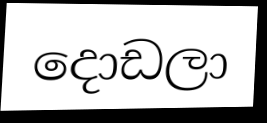
දොඩලා